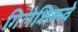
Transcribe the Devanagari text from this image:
गिलेशिकवे